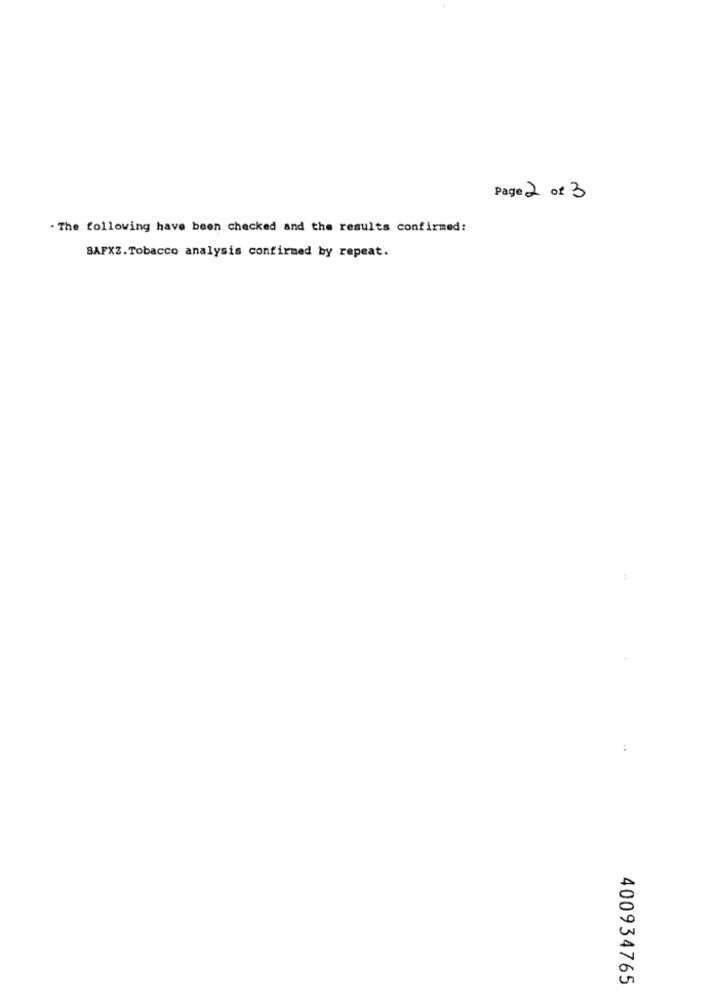
Page 2 of 3
. The following have been checked and the results confirmed:
SAFXZ. Tobacco analysis confirmed by repeat.
400934765